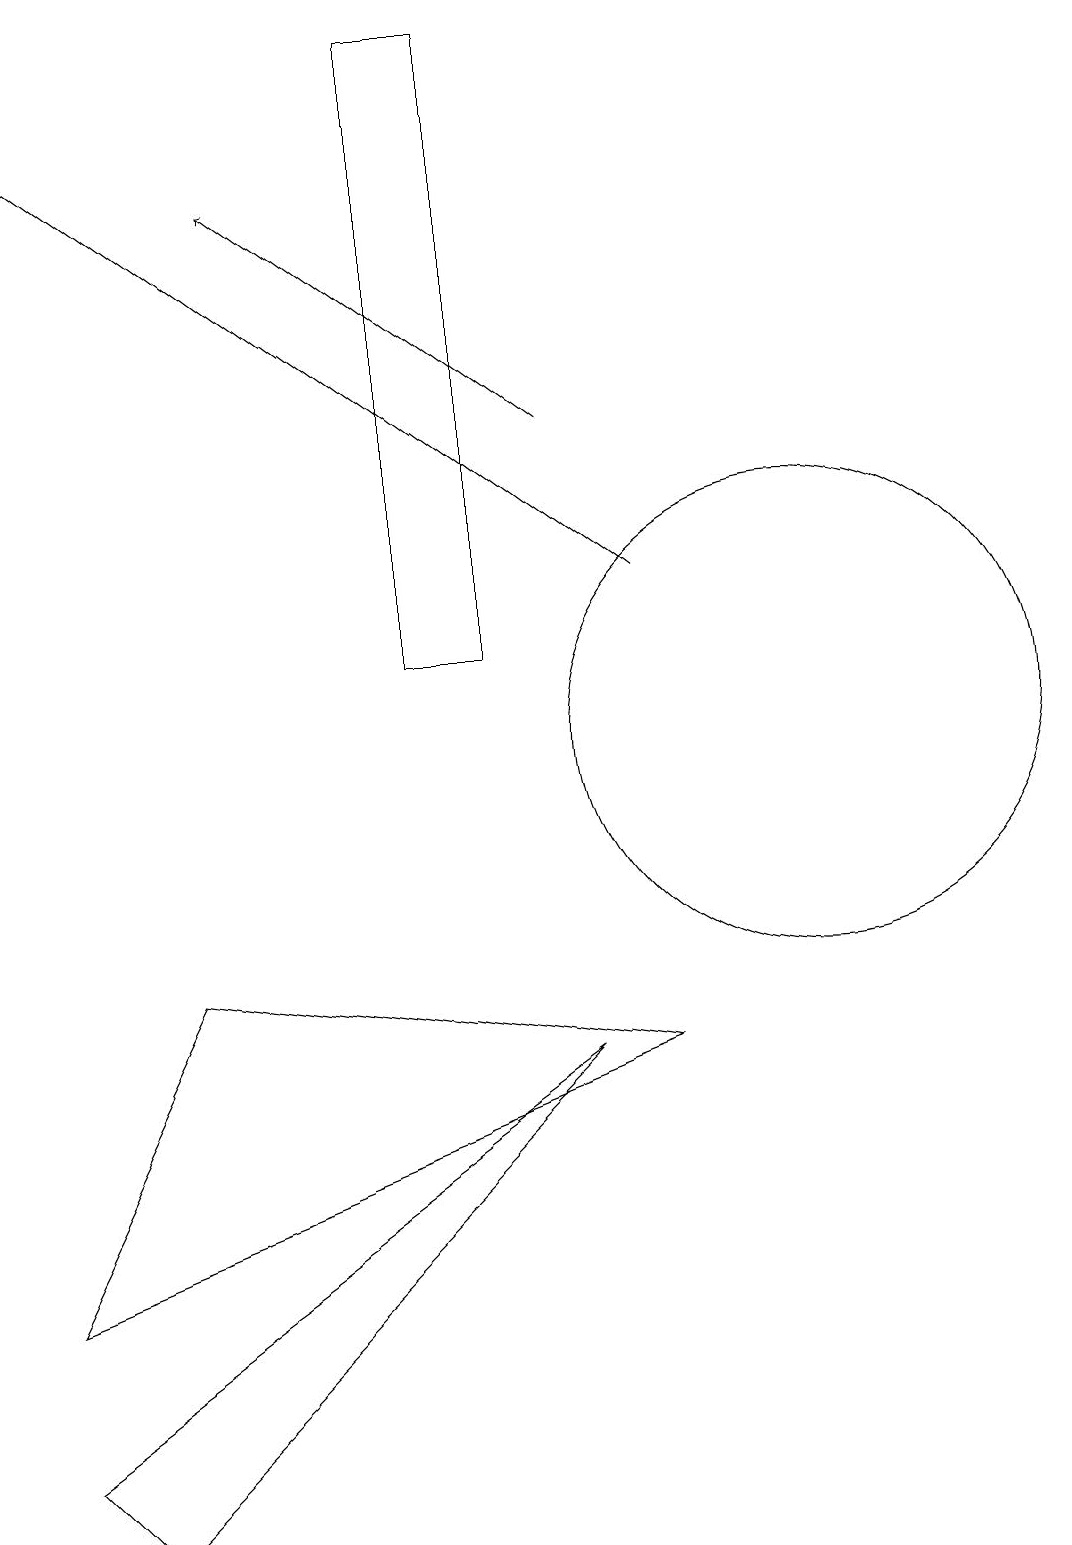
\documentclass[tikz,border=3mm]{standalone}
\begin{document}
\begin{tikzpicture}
\draw (0,3) -- (8,6) -- (2,7) -- cycle;
\draw (1,0) -- (0,1) -- (7,6) -- cycle;
\draw[->] (7,14) -- (3,17);
\draw (6,19) rectangle (5,11);
\draw (10,10) circle (3);
\draw[->] (8,12) -- (0,18);
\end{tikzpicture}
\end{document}